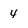
Character: 4